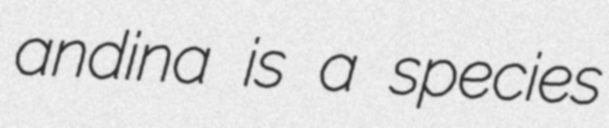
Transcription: andina is a species